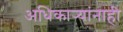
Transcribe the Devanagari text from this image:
अधिकार्‍यांनाही